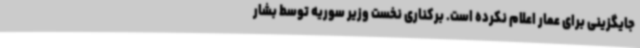
جایگزینی برای عمار اعلام نکرده است. برکناری نخست وزیر سوریه توسط بشار